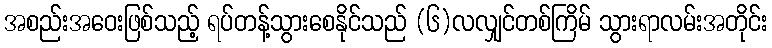
အစည်းအဝေးဖြစ်သည့် ရပ်တန့်သွားစေနိုင်သည် (၆)လလျှင်တစ်ကြိမ် သွားရာလမ်းအတိုင်း